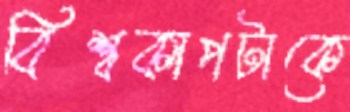
বিশ্বকাপটাকে